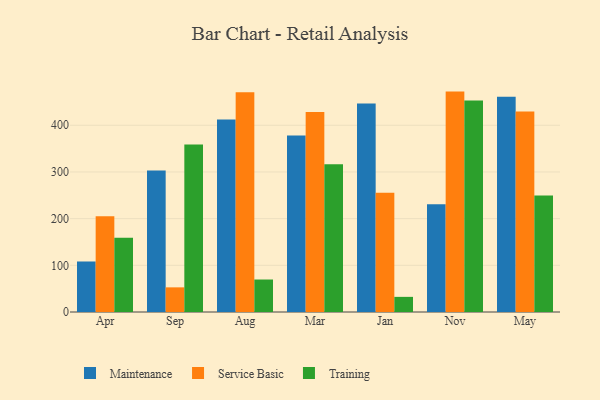
{"axis": {"x": "Month", "y": "Shipments"}, "legend": ["Maintenance", "Service Basic", "Training"], "data": [{"x": "Apr", "y": 108.2, "type": "Maintenance"}, {"x": "Apr", "y": 205.0, "type": "Service Basic"}, {"x": "Apr", "y": 159.3, "type": "Training"}, {"x": "Sep", "y": 303.2, "type": "Maintenance"}, {"x": "Sep", "y": 52.8, "type": "Service Basic"}, {"x": "Sep", "y": 358.7, "type": "Training"}, {"x": "Aug", "y": 412.3, "type": "Maintenance"}, {"x": "Aug", "y": 470.9, "type": "Service Basic"}, {"x": "Aug", "y": 69.6, "type": "Training"}, {"x": "Mar", "y": 378.1, "type": "Maintenance"}, {"x": "Mar", "y": 428.4, "type": "Service Basic"}, {"x": "Mar", "y": 316.4, "type": "Training"}, {"x": "Jan", "y": 446.8, "type": "Maintenance"}, {"x": "Jan", "y": 255.2, "type": "Service Basic"}, {"x": "Jan", "y": 32.4, "type": "Training"}, {"x": "Nov", "y": 230.7, "type": "Maintenance"}, {"x": "Nov", "y": 472.1, "type": "Service Basic"}, {"x": "Nov", "y": 453.2, "type": "Training"}, {"x": "May", "y": 461.3, "type": "Maintenance"}, {"x": "May", "y": 429.3, "type": "Service Basic"}, {"x": "May", "y": 249.3, "type": "Training"}]}